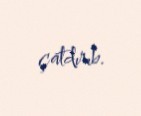
çatdırıb.